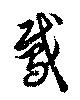
鳶